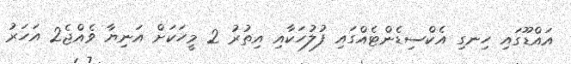
އައްޑޫގައި ހިނގި އެކްސިޑެންޓެއްގައި ފުލުހަކާއި އިތުރު 2 މީހަކަށް އަނިޔާ ވެއްޖެ2 އަހަރު